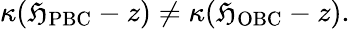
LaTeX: \kappa(\mathfrak{H}_{\mathrm{{PBC}}}-z)\neq\kappa(\mathfrak{H}_{\mathrm{{OBC}}}-z).